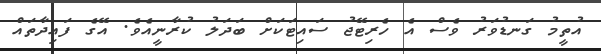
އުތީމު ގަނޑުވަރު ވެސް އެ ހެރިޓޭޖު ސައިޓަކަށް ބަދަލު ކުރާނީއެވެ. އޭގެ ފައިދާތައް